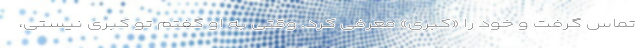
تماس گرفت و خود را «کبری» معرفی کرد. وقتی به او گفتم تو کبری نیستی،